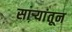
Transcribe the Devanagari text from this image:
सार्‍यांतून